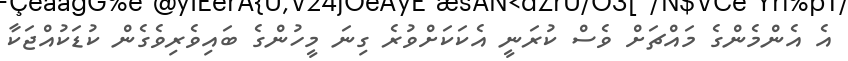
އެ އެންމެންގެ މައްޗަށް ވެސް ކުރަނީ އެކަކަށްވުރެ ގިނަ މީހުންގެ ބައިވެރިވެގެން ކުޑަކުއްޖަކާ